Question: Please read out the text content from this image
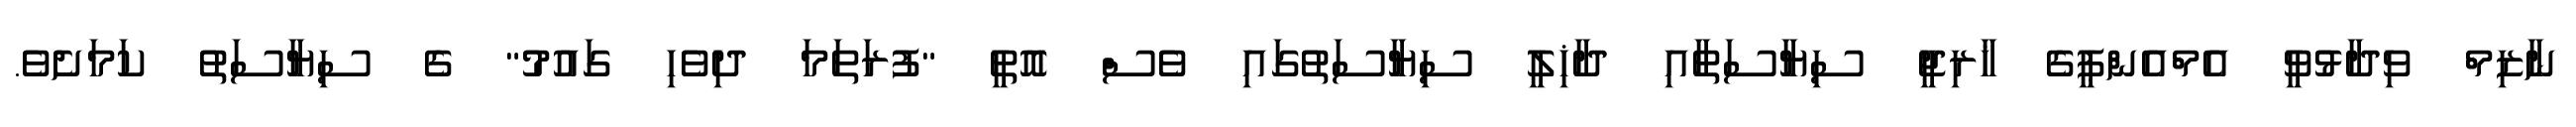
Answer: ނާޒިމް ވިދާޅުވީ އެމްއެންޕީގެ ޚާރިޖީ ސިޔާސަތާއި ދާޚިލީ ސިޔާސަތުގައި ވެސް އޮތީ "ފުރަތަމަ ދިވެހި ގައުމު" ގެ ސިޔާސަތު ކަމަށެވެ.